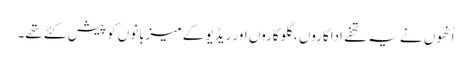
اُنھوں نے یہ تحفے اداکاروں ، گلوکاروں اور ریڈیو کے میزبانوں کو پیش کئے تھے۔